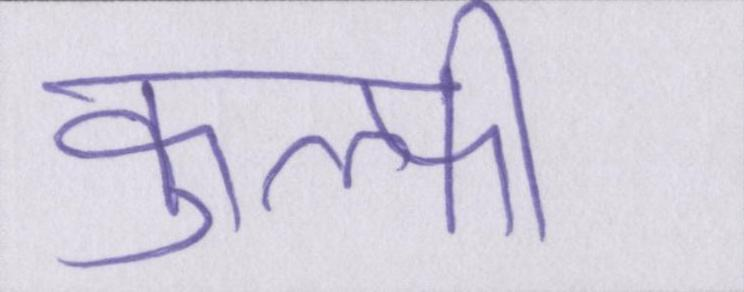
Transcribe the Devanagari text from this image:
कुल्फी